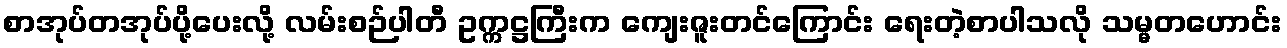
စာအုပ်တအုပ်ပို့ပေးလို့ လမ်းစဉ်ပါတီ ဥက္ကဋ္ဌကြီးက ကျေးဇူးတင်ကြောင်း ရေးတဲ့စာပါသလို သမ္မတဟောင်း